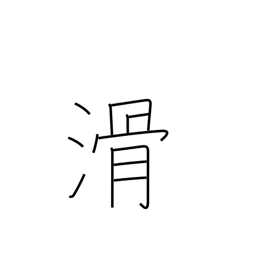
Meaning: fail exam